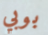
بوبي